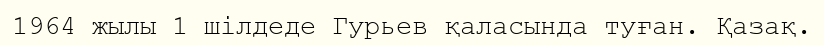
1964 жылы 1 шілдеде Гурьев қаласында туған. Қазақ.